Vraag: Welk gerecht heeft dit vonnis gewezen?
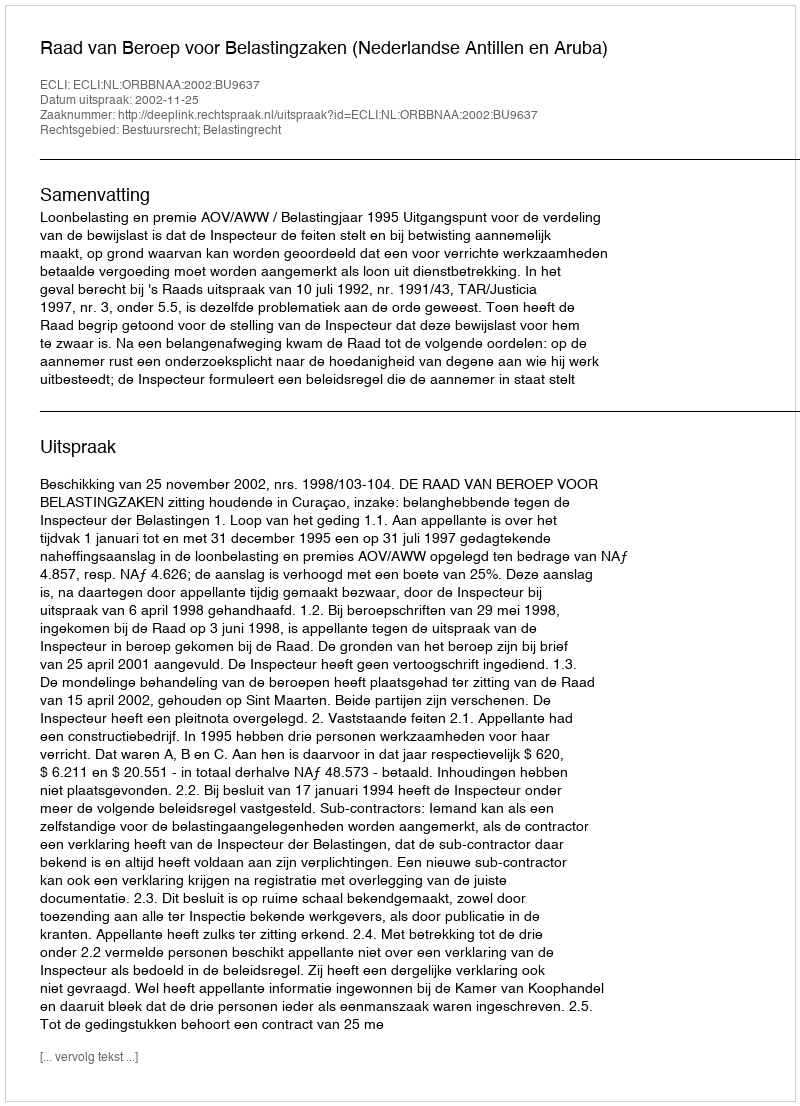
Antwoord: Raad van Beroep voor Belastingzaken (Nederlandse Antillen en Aruba)